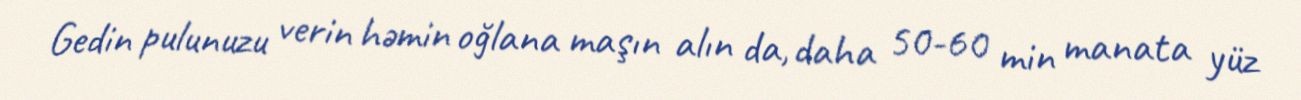
Gedin pulunuzu verin həmin oğlana maşın alın da, daha 50-60 min manata yüz